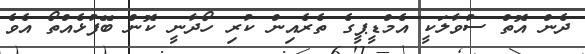
ދެން އޮތް ސުވާލަކީ އެމްޑީޕީގެ ތެރެއިން ކުރި ހޯދާނީ ކޮން ބޭފުޅެއްތޯ އެވެ